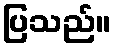
ပြသည်။